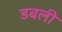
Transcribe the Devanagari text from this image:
डबली